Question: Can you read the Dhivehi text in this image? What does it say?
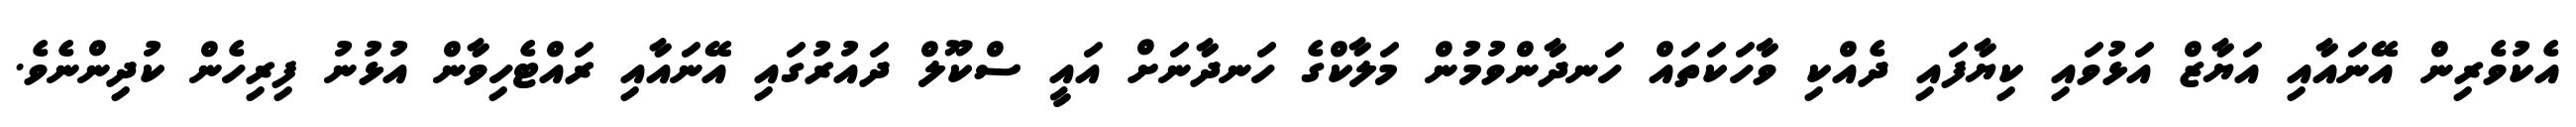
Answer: އެކުވެރިން އޭނައާއި އަޔާޒް އަޅުވައި ކިޔާފައި ދެއްކި ވާހަކަތައް ހަނދާންވުމުން މަލާކްގެ ހަނދާނަށް އައީ ސްކޫލް ދައުރުގައި އޭނައާއި ރައްޓެހިވާން އުޅުނު ފިރިހެން ކުދިންނެވެ.